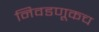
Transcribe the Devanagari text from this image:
निवडणूकच